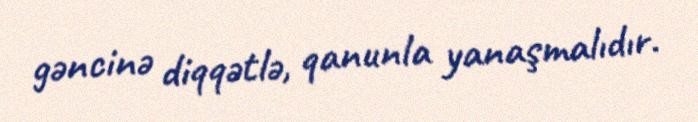
gəncinə diqqətlə, qanunla yanaşmalıdır.